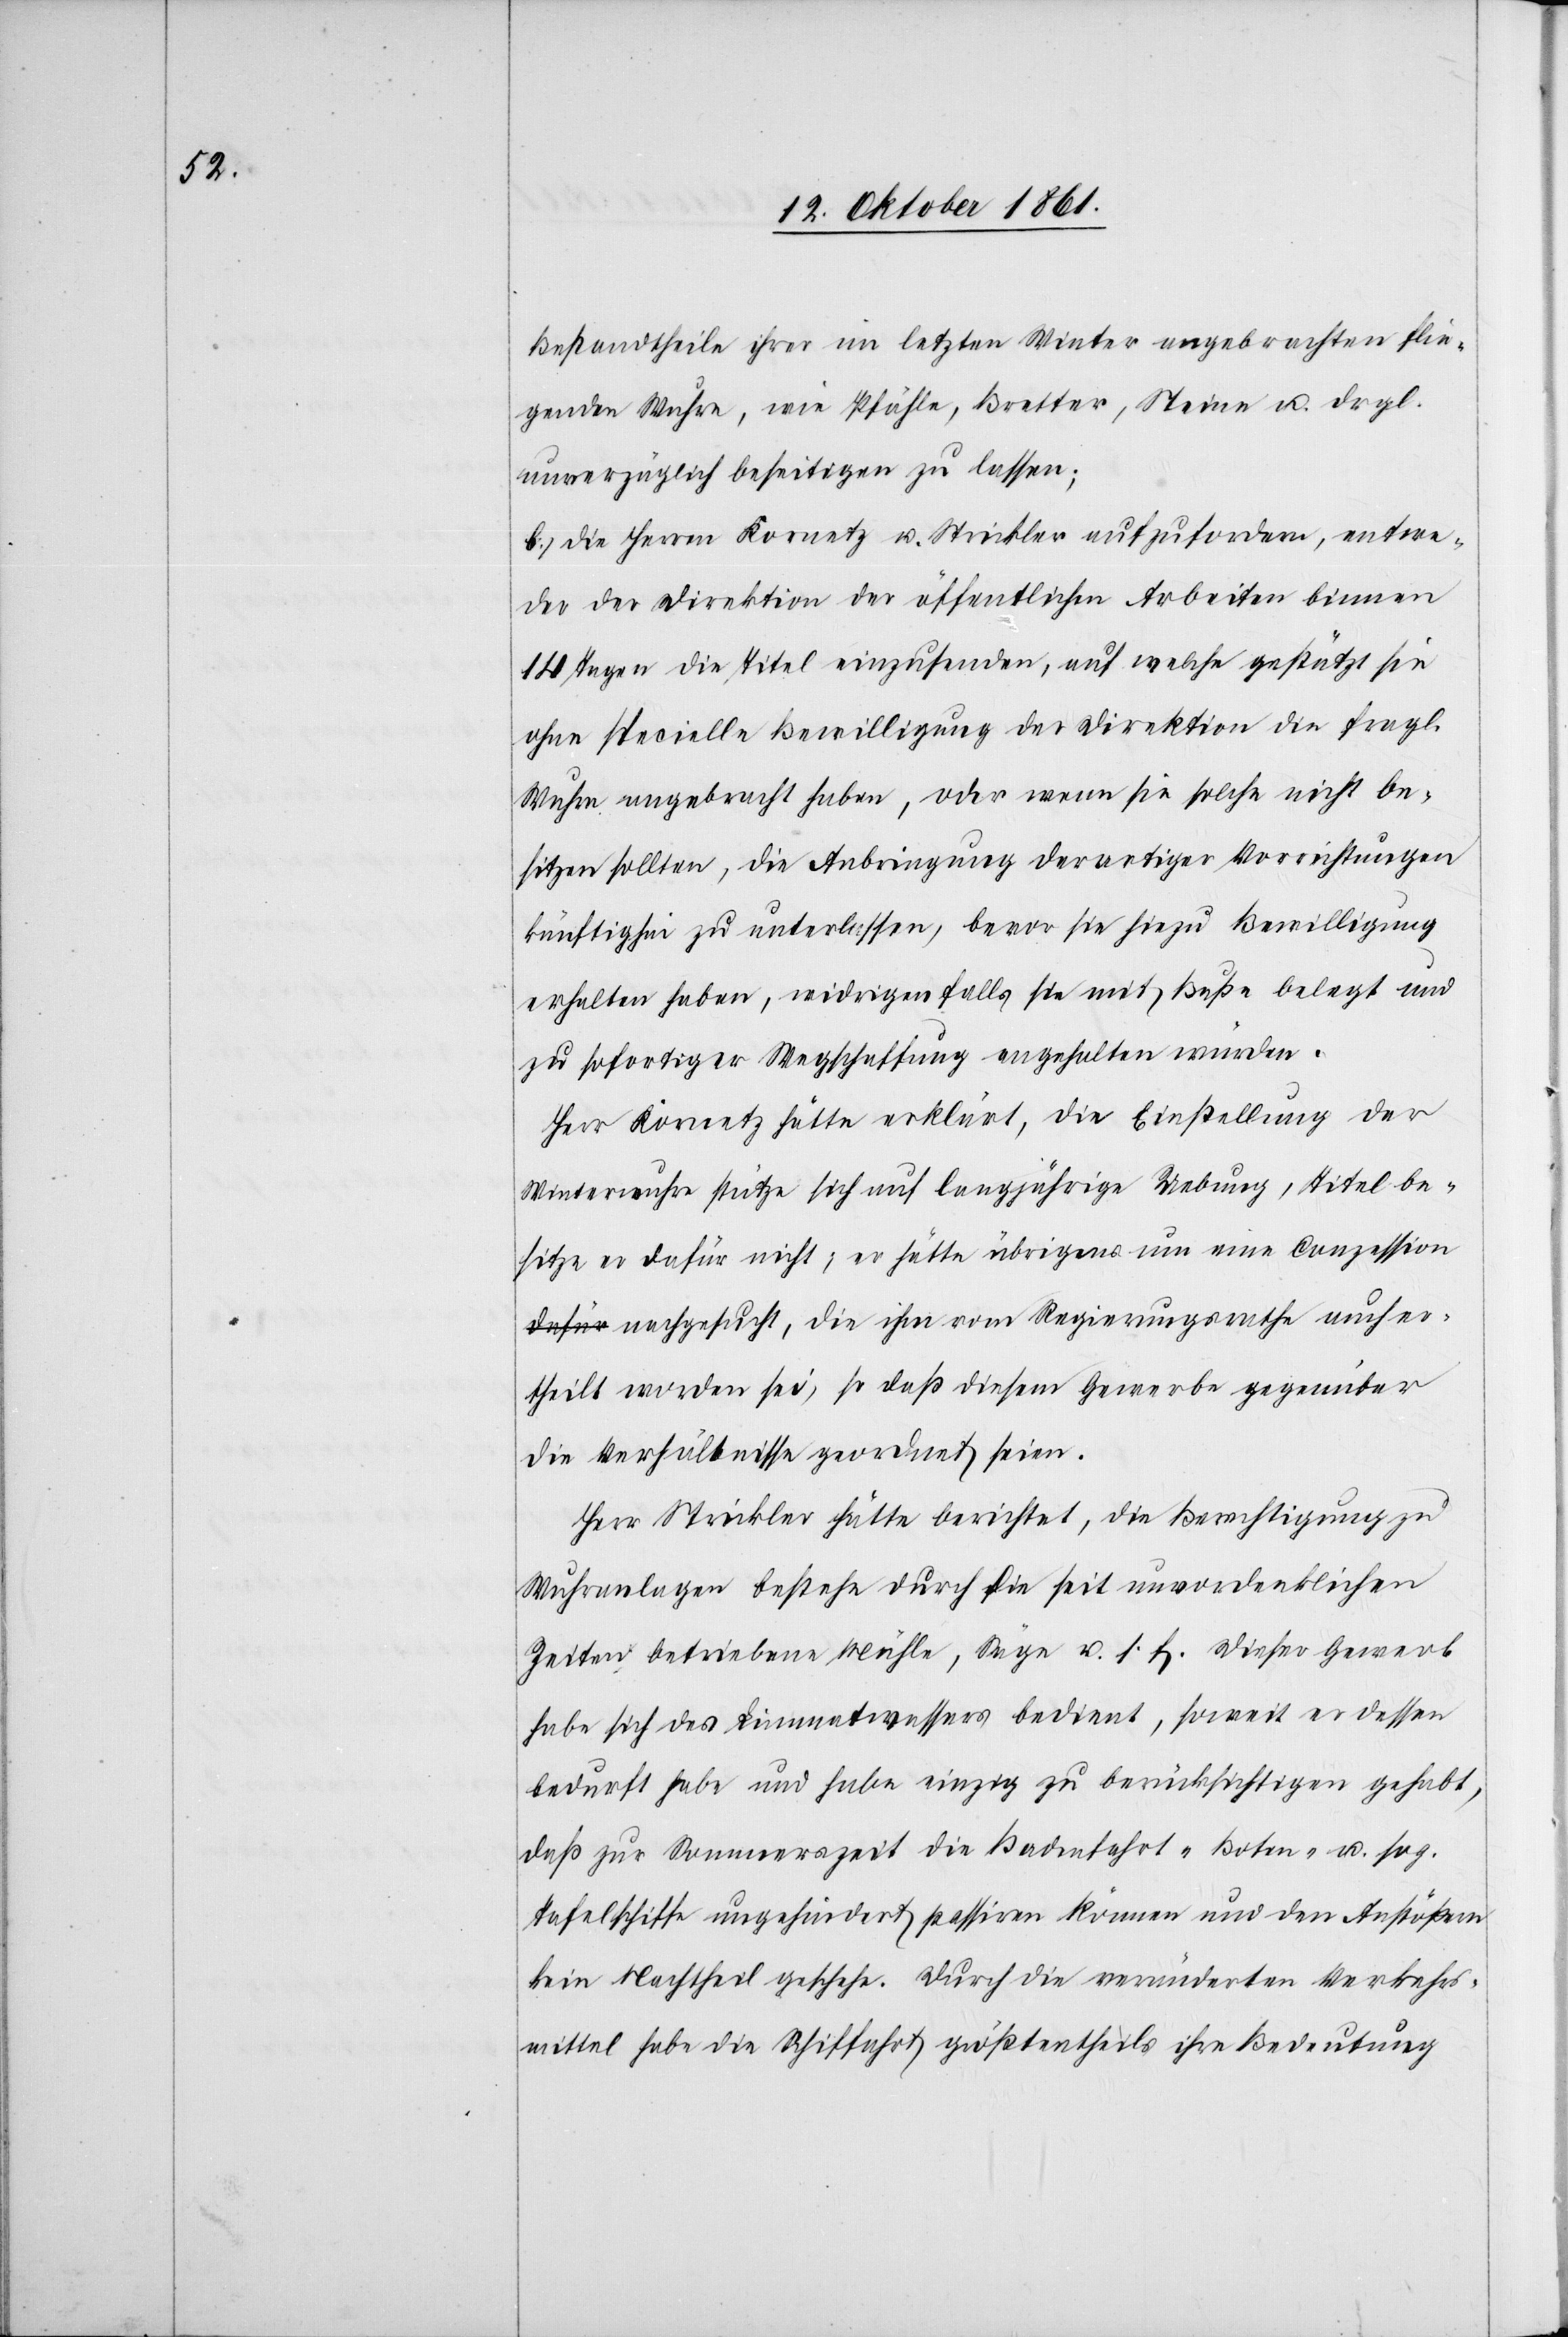
Bestandtheile ihrer im letzten Winter angebrachten flie¬
genden Wuhre, wie Pfähle, Bretter, Steine u. drgl.
Unverzüglich beseitigen zu lassen.
b. Die Herren Kornetz u. Strickler aufzufordern, entwe¬
der der Direktion der öffentlichen Arbeiten binnen
14 Tagen die Titel einzusenden, auf welche gestützt sie
ohne spezielle Bewilligung der Direktion die fragl.
Wuhre angebracht haben, oder wenn sie solche nicht be¬
sitzen sollten, die Anbringung derartiger Vorrichtungen
künftighin zu unterlassen, bevor sie hiezu Bewilligung
erhalten haben, widrigenfalls sie mit Buße belegt und
zu sofortiger Wegschaffung angehalten würden.
Herr Kornetz hätte erklärt, die Einstellung der
Winterwuhre stütze sich auf langjährige Uebung, Titel be¬
sitze er dafür nicht; er hätte übrigens um eine Conzession
nachgesucht, die ihm vom Regierungsrathe aufer¬
theilt worden sei, so daß diesem Gewerbe gegenüber
die Verhältnisse geordnet seien.
Herr Strickler hätte berichtet, die Berechtigung zu
Wuhranlagen bestehe durch die seit unvordenklichen
Zeiten betriebene Mühle, Säge u. s. f. Dieser Gewerb
habe sich des Limmatwassers bedient, soweit er dessen
bedurft habe und habe einzig zu berücksichtigen gehabt,
daß zur Sommerszeit die Badenfahrt-[,] Boten- u. sog.
Tafelschiffe ungehindert passiren können und den Anstößern
kein Nachtheil geschehe. Durch die veränderten Verkehrs¬
mittel habe die Schiffahrt größtentheils ihre Bedeutung